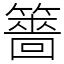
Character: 䉢